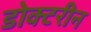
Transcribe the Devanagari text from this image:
डोक्टरीन